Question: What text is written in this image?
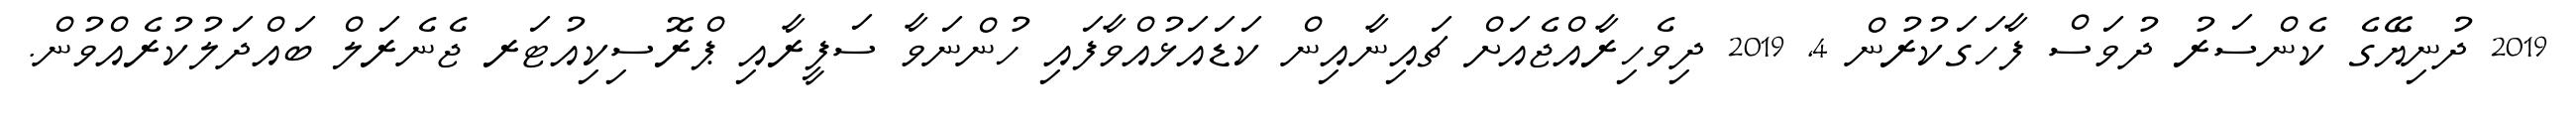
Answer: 2019 ދުނިޔޭގެ ކެންސަރު ދުވަސް ފާހަގަކުރުން 4, 2019 ދިވެހިރާއްޖެއަށް ޗައިނާއިން ކަޑައަޅުއްވާފައި ހުންނަވާ ސަފީރާއި ޕްރޮސިކިއުޓަރ ޖެނެރަލް ބައްދަލުކުރެއްވުން.